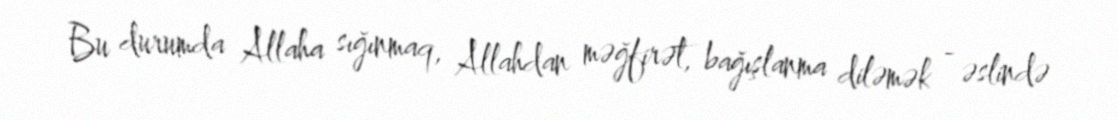
Bu durumda Allaha sığınmaq, Allahdan məğfirət, bağışlanma diləmək - əslində